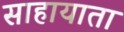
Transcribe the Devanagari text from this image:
साहायाता